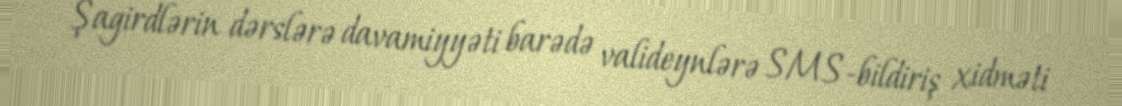
Şagirdlərin dərslərə davamiyyəti barədə valideynlərə SMS-bildiriş xidməti